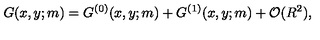
G ( x , y ; m ) = G ^ { ( 0 ) } ( x , y ; m ) + G ^ { ( 1 ) } ( x , y ; m ) + { \cal O } ( R ^ { 2 } ) ,